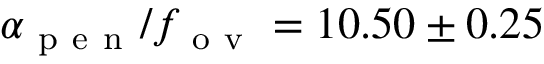
\alpha _ { \mathrm { ~ p ~ e ~ n ~ } } / f _ { \mathrm { ~ o ~ v ~ } } = 1 0 . 5 0 \pm 0 . 2 5